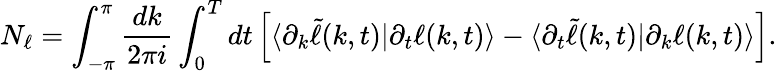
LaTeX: N_{\ell}=\int_{-\pi}^{\pi}\frac{dk}{2\pi i}\int_{0}^{T}dt\left[\langle\partial_{k}\widetilde{\ell}(k,t)|\partial_{t}\ell(k,t)\rangle-\langle\partial_{t}\widetilde{\ell}(k,t)|\partial_{k}\ell(k,t)\rangle\right].